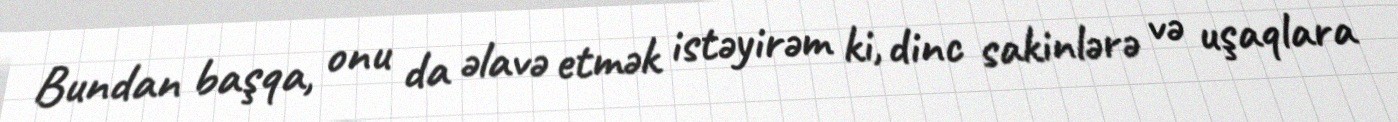
Bundan başqa, onu da əlavə etmək istəyirəm ki, dinc sakinlərə və uşaqlara